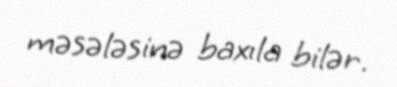
məsələsinə baxıla bilər.